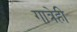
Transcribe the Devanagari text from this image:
गात्रेही